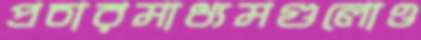
প্রচারমাধ্যমগুলোও